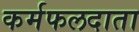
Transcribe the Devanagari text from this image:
कर्मफलदाता